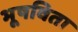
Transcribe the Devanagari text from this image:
भूषविता